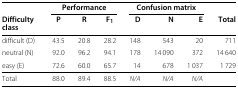
<table><thead><tr><td><b> </b></td><td colspan="3"><b>Performance</b></td><td colspan="3"><b>Confusion matrix</b></td><td><b> </b></td></tr><tr><td><b>Difficulty class</b></td><td><b>P</b></td><td><b>R</b></td><td><b>F<sub>1</sub></b></td><td><b>D</b></td><td><b>N</b></td><td><b>E</b></td><td><b>Total</b></td></tr></thead><tbody><tr><td>difficult (D)</td><td>43.5</td><td>20.8</td><td>28.2</td><td>148</td><td>543</td><td>20</td><td>711</td></tr><tr><td>neutral (N)</td><td>92.0</td><td>96.2</td><td>94.1</td><td>178</td><td>14 090</td><td>372</td><td>14 640</td></tr><tr><td>easy (E)</td><td>72.6</td><td>60.0</td><td>65.7</td><td>14</td><td>678</td><td>1 037</td><td>1 729</td></tr><tr><td>Total</td><td>88.0</td><td>89.4</td><td>88.5</td><td><i>N/A</i></td><td><i>N/A</i></td><td><i>N/A</i></td><td> </td></tr></tbody></table>